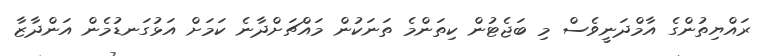
ރައްޔިތުންގެ އާމްދަނީވެސް މި ބަޖެޓުން ކިތަންމެ ތަނަކުން މައްޗަށްދާނެ ކަމަށް އަޅުގަނޑުމެން އަންދާޒާ